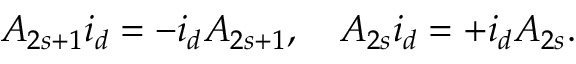
A _ { 2 s + 1 } i _ { d } = - i _ { d } A _ { 2 s + 1 } , \quad A _ { 2 s } i _ { d } = + i _ { d } A _ { 2 s } .